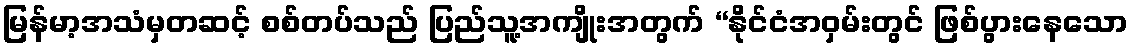
မြန်မာ့အသံမှတဆင့် စစ်တပ်သည် ပြည်သူ့အကျိုးအတွက် “နိုင်ငံအဝှမ်းတွင် ဖြစ်ပွားနေသော